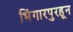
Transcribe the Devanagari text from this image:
भिंगारपुरहून